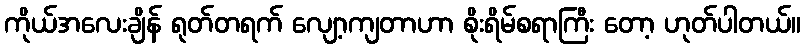
ကိုယ်အလေးချိန် ရုတ်တရက် လျော့ကျတာဟာ စိုးရိမ်စရာကြီး တော့ ဟုတ်ပါတယ်။